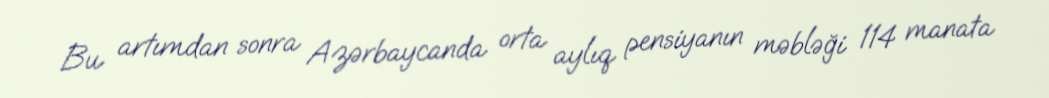
Bu artımdan sonra Azərbaycanda orta aylıq pensiyanın məbləği 114 manata